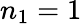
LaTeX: n_{1}=1